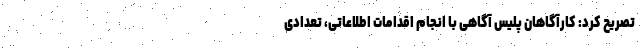
تصریح کرد: کارآگاهان پلیس آگاهی با انجام اقدامات اطلاعاتی، تعدادی